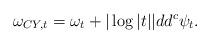
LaTeX: \begin{align*}\omega_{CY,t}=\omega_t+ |\log |t||dd^c \psi_t.\end{align*}